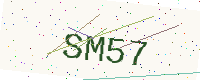
Text: SM57